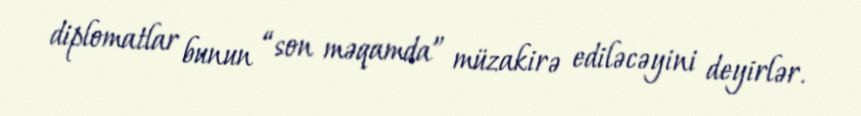
diplomatlar bunun “son məqamda” müzakirə ediləcəyini deyirlər.